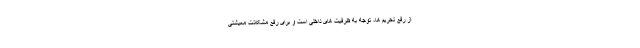
از رفع تحریم ها، توجه به ظرفیت های داخلی است و برای رفع مشکلات معیشتی